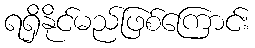
ရရှိနိုင်မည်ဖြစ်ကြောင်း